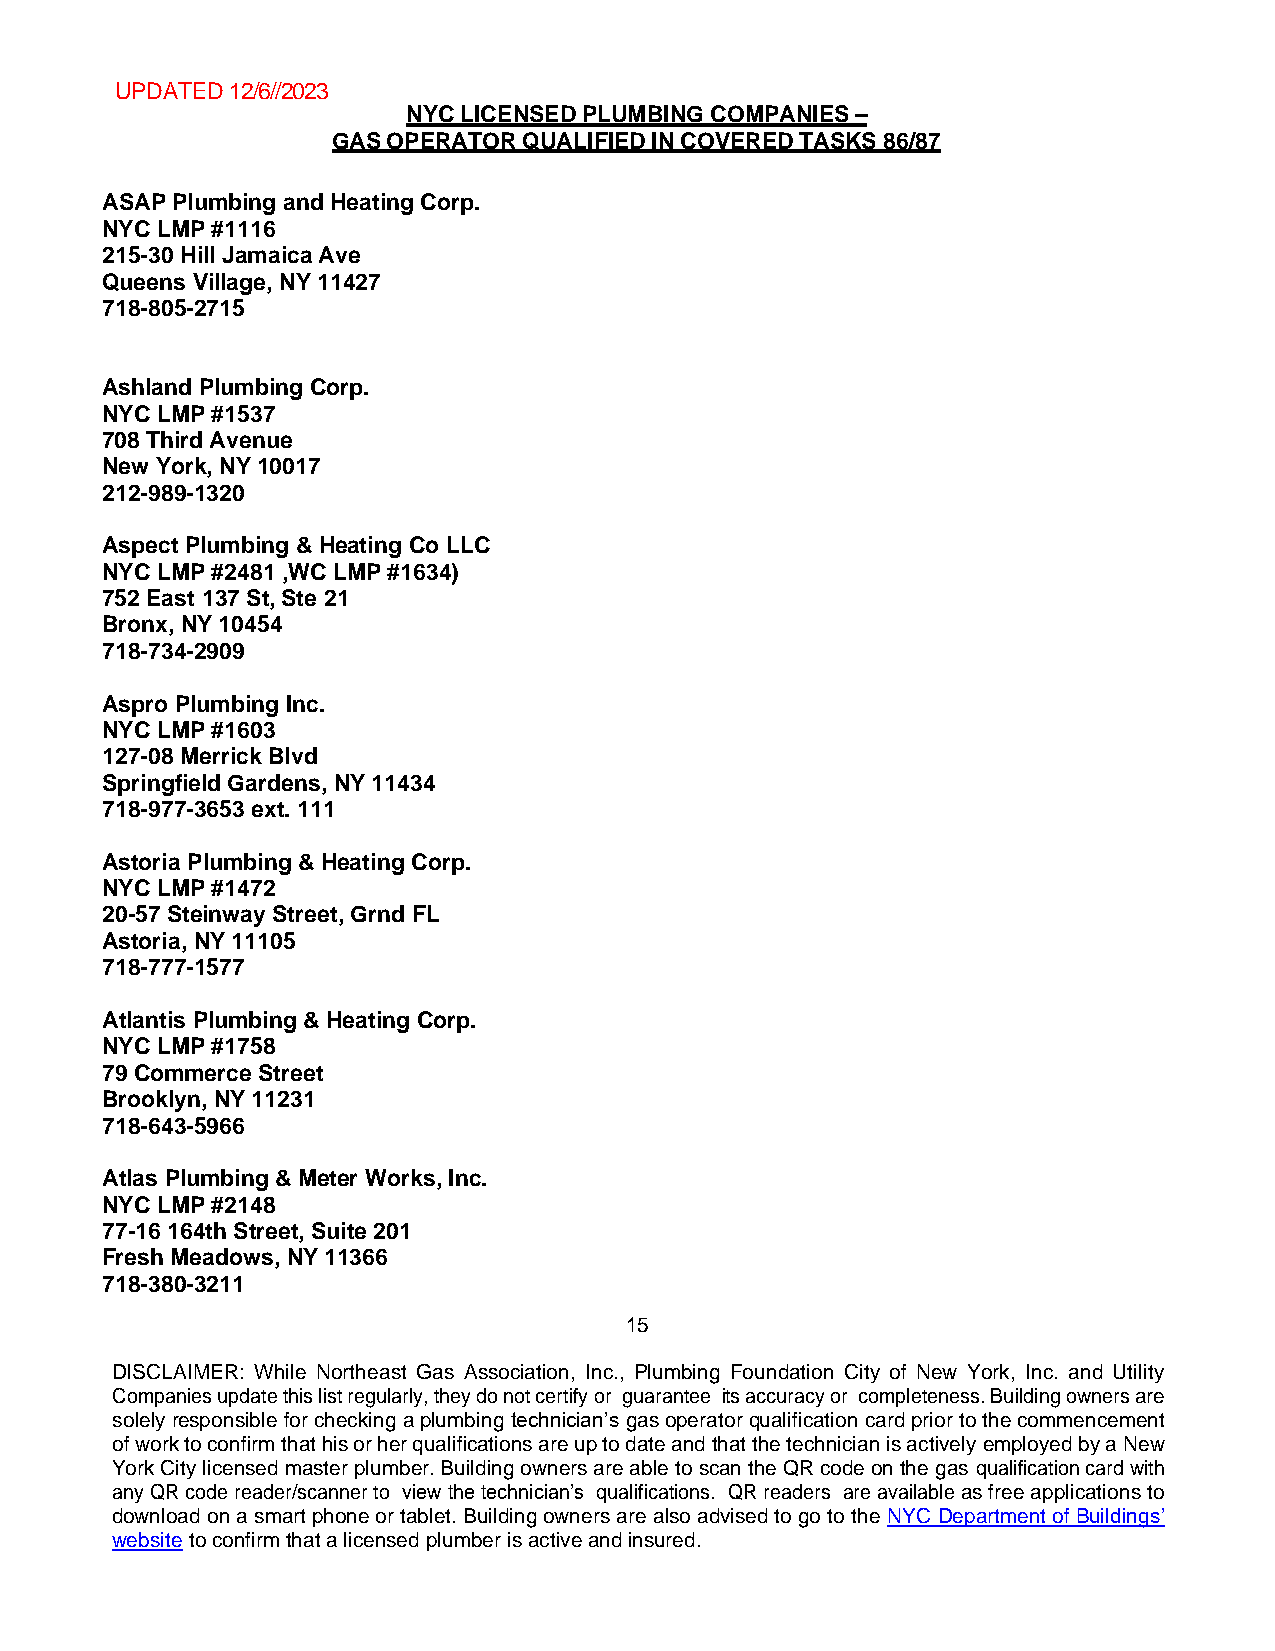
UPDATED 12/6//2023
 NYC LICENSED PLUMBING COMPANIES –
 GAS OPERATOR QUALIFIED IN COVERED TASKS 86/87
 ASAP Plumbing and Heating Corp.
 NYC LMP #1116
 215-30 Hill Jamaica Ave
 Queens Village, NY 11427
 718-805-2715
 Ashland Plumbing Corp.
 NYC LMP #1537
 708 Third Avenue
 New York, NY 10017
 212-989-1320
 Aspect Plumbing & Heating Co LLC
 NYC LMP #2481 ,WC LMP #1634)
 752 East 137 St, Ste 21
 Bronx, NY 10454
 718-734-2909
 Aspro Plumbing Inc.
 NYC LMP #1603
 127-08 Merrick Blvd
 Springfield Gardens, NY 11434
 718-977-3653 ext. 111
 Astoria Plumbing & Heating Corp.
 NYC LMP #1472
 20-57 Steinway Street, Grnd FL
 Astoria, NY 11105
 718-777-1577
 Atlantis Plumbing & Heating Corp.
 NYC LMP #1758
 79 Commerce Street
 Brooklyn, NY 11231
 718-643-5966
 Atlas Plumbing & Meter Works, Inc.
 NYC LMP #2148
 77-16 164th Street, Suite 201
 Fresh Meadows, NY 11366
 718-380-3211
 15
 DISCLAIMER: While Northeast Gas Association, Inc., Plumbing Foundation City of New York, Inc. and Utility
 Companies update this list regularly, they do not certify or guarantee its accuracy or completeness. Building owners are
 solely responsible for checking a plumbing technician’s gas operator qualification card prior to the commencement
 of work to confirm that his or her qualifications are up to date and that the technician is actively employed by a New
 York City licensed master plumber. Building owners are able to scan the QR code on the gas qualification card with
 any QR code reader/scanner to view the technician’s qualifications. QR readers are available as free applications to
 download on a smart phone or tablet. Building owners are also advised to go to the NYC Department of Buildings’
 website to confirm that a licensed plumber is active and insured.